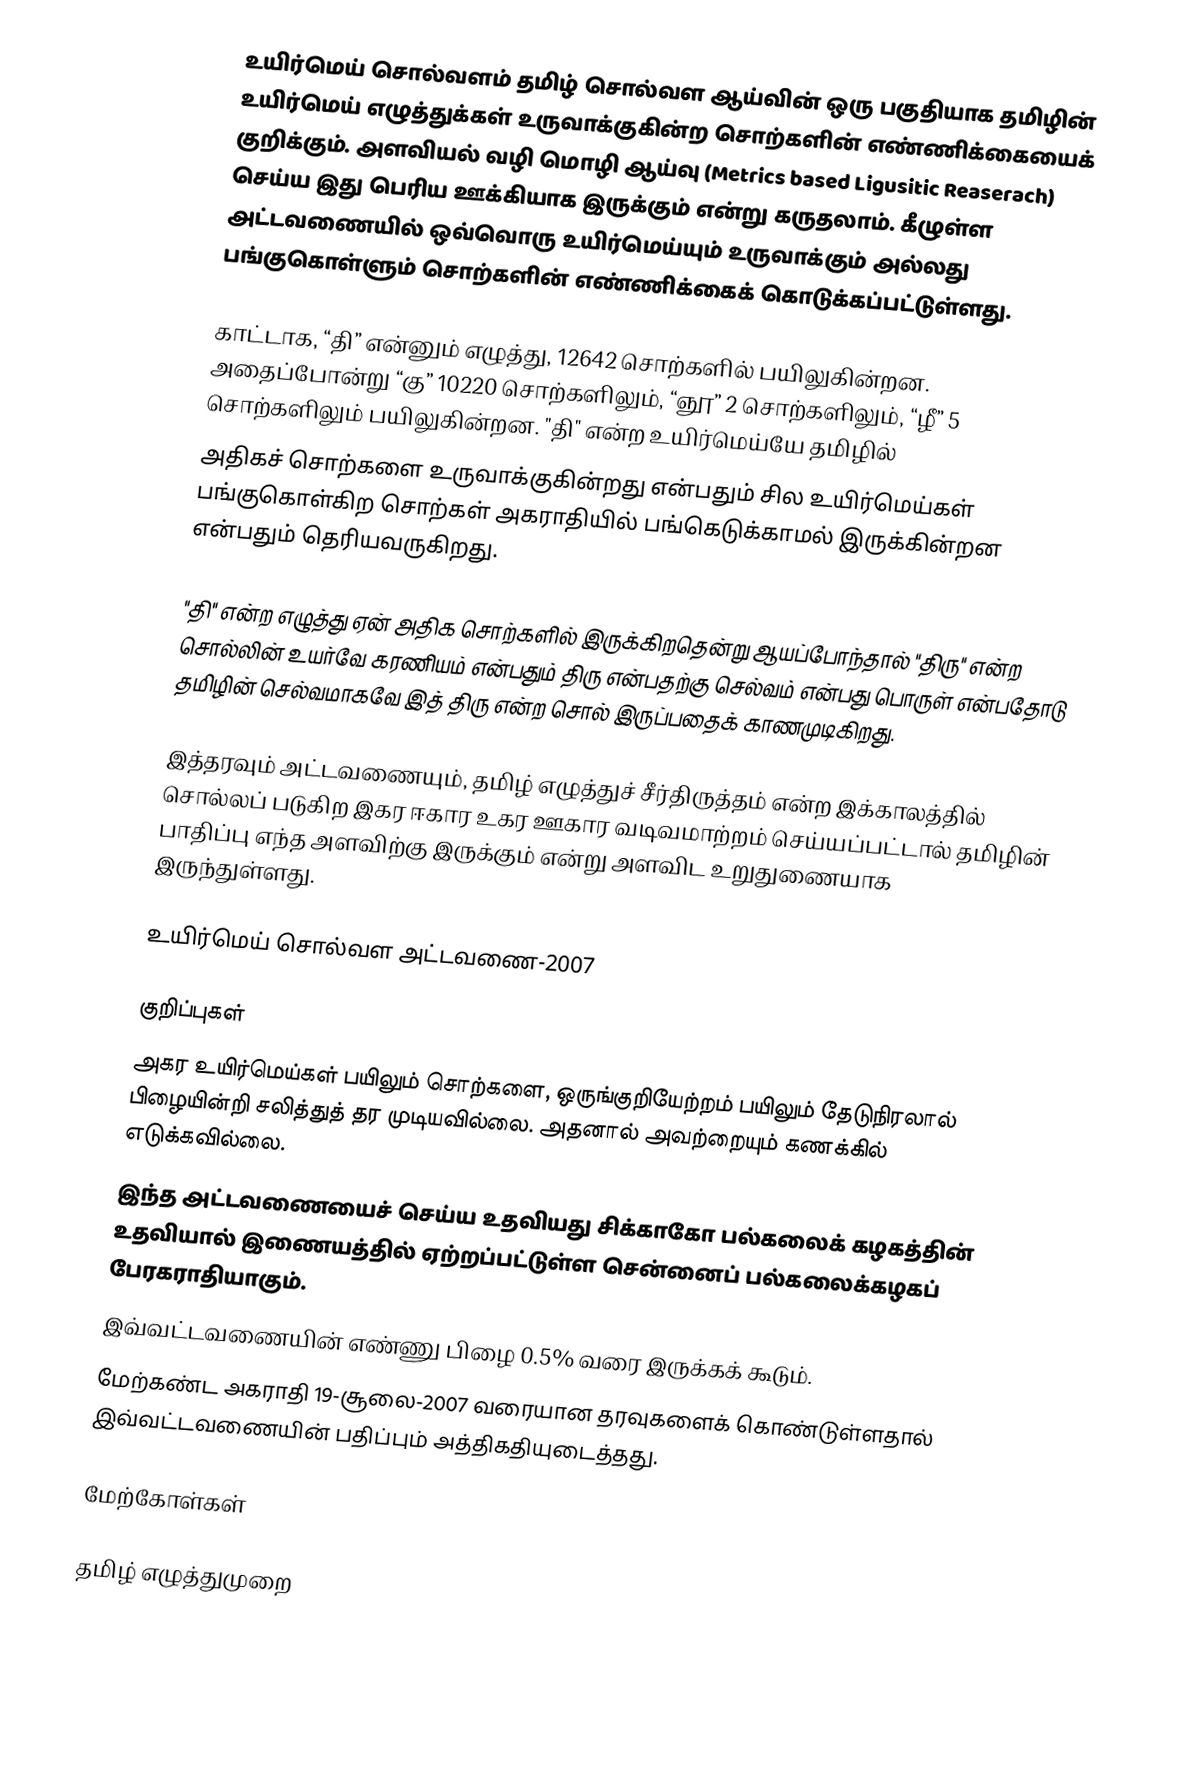
உயிர்மெய் சொல்வளம் தமிழ் சொல்வள ஆய்வின் ஒரு பகுதியாக தமிழின் உயிர்மெய் எழுத்துக்கள் உருவாக்குகின்ற சொற்களின் எண்ணிக்கையைக் குறிக்கும். அளவியல் வழி மொழி ஆய்வு (Metrics based Ligusitic Reaserach) செய்ய இது பெரிய ஊக்கியாக இருக்கும் என்று கருதலாம். கீழுள்ள அட்டவணையில் ஒவ்வொரு உயிர்மெய்யும் உருவாக்கும் அல்லது பங்குகொள்ளும் சொற்களின் எண்ணிக்கைக் கொடுக்கப்பட்டுள்ளது.

காட்டாக, “தி” என்னும் எழுத்து, 12642 சொற்களில் பயிலுகின்றன. அதைப்போன்று “கு” 10220 சொற்களிலும், “ஞூ” 2 சொற்களிலும், “ழீ” 5 சொற்களிலும் பயிலுகின்றன. "தி" என்ற உயிர்மெய்யே தமிழில்
அதிகச் சொற்களை உருவாக்குகின்றது என்பதும் சில உயிர்மெய்கள் பங்குகொள்கிற சொற்கள் அகராதியில் பங்கெடுக்காமல் இருக்கின்றன என்பதும் தெரியவருகிறது.

"தி" என்ற எழுத்து ஏன் அதிக சொற்களில் இருக்கிறதென்று ஆயப்போந்தால் "திரு" என்ற சொல்லின் உயர்வே கரணியம் என்பதும் திரு என்பதற்கு செல்வம் என்பது பொருள் என்பதோடு தமிழின் செல்வமாகவே இத் திரு என்ற சொல் இருப்பதைக் காணமுடிகிறது.

இத்தரவும் அட்டவணையும், தமிழ் எழுத்துச் சீர்திருத்தம் என்ற இக்காலத்தில் சொல்லப் படுகிற இகர ஈகார உகர ஊகார வடிவமாற்றம் செய்யப்பட்டால் தமிழின் பாதிப்பு எந்த அளவிற்கு இருக்கும் என்று அளவிட உறுதுணையாக இருந்துள்ளது.

உயிர்மெய் சொல்வள அட்டவணை-2007

குறிப்புகள்
 அகர உயிர்மெய்கள் பயிலும் சொற்களை, ஒருங்குறியேற்றம் பயிலும் தேடுநிரலால் பிழையின்றி சலித்துத் தர முடியவில்லை. அதனால் அவற்றையும் கணக்கில் எடுக்கவில்லை.
 இந்த அட்டவணையைச் செய்ய உதவியது சிக்காகோ பல்கலைக் கழகத்தின் உதவியால் இணையத்தில் ஏற்றப்பட்டுள்ள சென்னைப் பல்கலைக்கழகப் பேரகராதியாகும்.
 இவ்வட்டவணையின் எண்ணு பிழை 0.5% வரை இருக்கக் கூடும்.
 மேற்கண்ட அகராதி 19-சூலை-2007 வரையான தரவுகளைக் கொண்டுள்ளதால் இவ்வட்டவணையின் பதிப்பும் அத்திகதியுடைத்தது.

மேற்கோள்கள்

தமிழ் எழுத்துமுறை